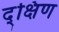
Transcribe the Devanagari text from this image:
द्क्षिण